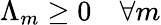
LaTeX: \Lambda_{m}\geq 0\ \ \ \ \forall m